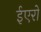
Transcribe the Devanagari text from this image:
ईएरो